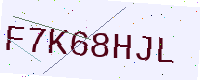
Text: F7K68HJL